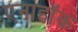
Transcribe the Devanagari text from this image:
एनाहॉक